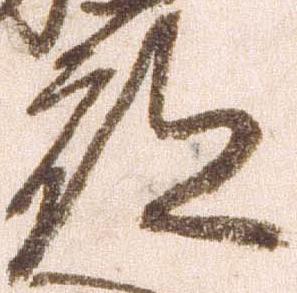
部